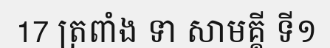
17 ត្រពាំង ទា សាមគ្គី ទី១